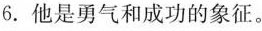
6.他是勇气和成功的象征。